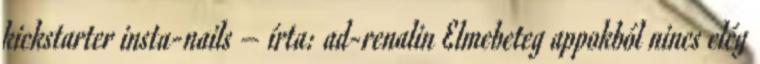
kickstarter insta-nails – írta: ad-renalin Elmebeteg appokból nincs elég